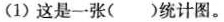
(1)这是一张()统计图。